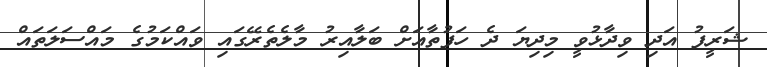
ޝަރީފު އަދި ވިދާޅުވީ މިދިޔަ ދެ ހަފުތާއަށް ބަލާއިރު މާލެތެރޭގައި ވައްކަމުގެ މައްސަލަތައް